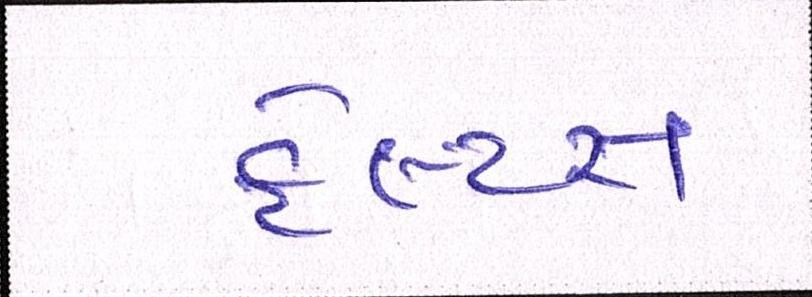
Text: ફેલ્પ્સ